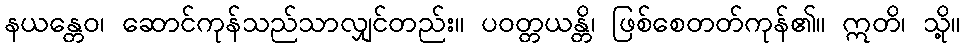
နယန္တေဝ၊ ဆောင်ကုန်သည်သာလျှင်တည်း။ ပဝတ္တယန္တိ၊ ဖြစ်စေတတ်ကုန်၏။ ဣတိ၊ သို့။